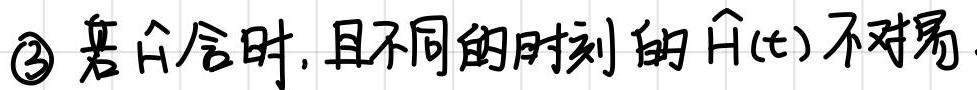
$\textcircled{3}$ 若 $\hat{H}$ 含时，且不同的时刻的 $\hat{H}(t)$ 不对易.